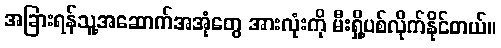
အခြားရန်သူ့အဆောက်အအုံတွေ အားလုံးကို မီးရှို့ပစ်လိုက်နိုင်တယ်။